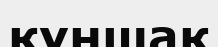
құншақ